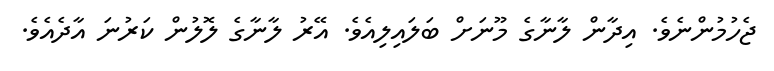
ޖެހުމުންނެވެ. އިދާން ލާނާގެ މޫނަށް ބަލައިލިއެވެ. އޭރު ލާނާގެ ލޮލުން ކަރުނަ އާދެއެވެ.